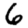
Digit: 6